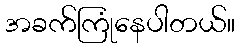
အခက်ကြုံနေပါတယ်။